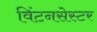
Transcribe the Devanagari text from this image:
विंटनसेस्टर